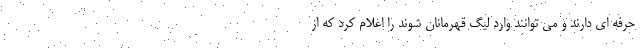
حرفه ای دارند و می توانند وارد لیگ قهرمانان شوند را اعلام کرد که از